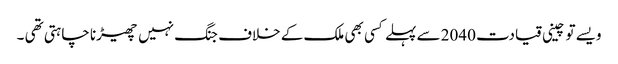
ویسے تو چینی قیادت 2040 سے پہلے کسی بھی ملک کے خلاف جنگ نہیں چھیڑنا چاہتی تھی ۔